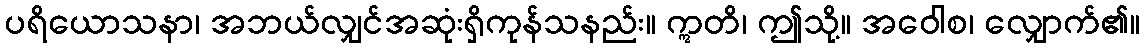
ပရိယောသနာ၊ အဘယ်လျှင်အဆုံးရှိကုန်သနည်း။ ဣတိ၊ ဤသို့။ အဝေါစ၊ လျှောက်၏။